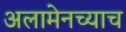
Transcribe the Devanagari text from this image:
अलामेनच्याच